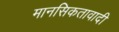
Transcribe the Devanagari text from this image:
मानसिकतावादी